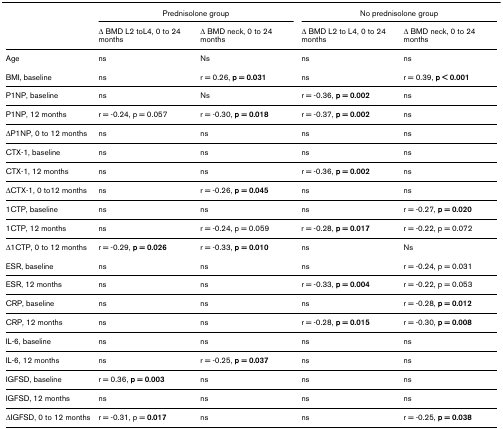
<table><thead><tr><td></td><td colspan="2"><b>Prednisolone group</b></td><td colspan="2"><b>No prednisolone group</b></td></tr><tr><td></td><td><b>Δ BMD L2 toL4, 0 to 24 months</b></td><td><b>Δ BMD neck, 0 to 24 months</b></td><td><b>Δ BMD L2 to L4, 0 to 24 months</b></td><td><b>Δ BMD neck, 0 to 24 months</b></td></tr></thead><tbody><tr><td>Age</td><td>ns</td><td>Ns</td><td>ns</td><td>ns</td></tr><tr><td>BMI, baseline</td><td>ns</td><td>r = 0.26, <b>p = 0.031</b></td><td>ns</td><td>r = 0.39, <b>p &lt; 0.001</b></td></tr><tr><td>P1NP, baseline</td><td>ns</td><td>Ns</td><td>r = -0.36, <b>p = 0.002</b></td><td>ns</td></tr><tr><td>P1NP, 12 months</td><td>r = -0.24, p = 0.057</td><td>r = -0.30, <b>p = 0.018</b></td><td>r = -0.37, <b>p = 0.002</b></td><td>ns</td></tr><tr><td>ΔP1NP, 0 to 12 months</td><td>ns</td><td>ns</td><td>ns</td><td>ns</td></tr><tr><td>CTX-1, baseline</td><td>ns</td><td>ns</td><td>ns</td><td>ns</td></tr><tr><td>CTX-1, 12 months</td><td>ns</td><td>ns</td><td>r = -0.36, <b>p = 0.002</b></td><td>ns</td></tr><tr><td>ΔCTX-1, 0 to12 months</td><td>ns</td><td>r = -0.26, <b>p = 0.045</b></td><td>ns</td><td>ns</td></tr><tr><td>1CTP, baseline</td><td>ns</td><td>ns</td><td>ns</td><td>r = -0.27, <b>p = 0.020</b></td></tr><tr><td>1CTP, 12 months</td><td>ns</td><td>r = -0.24, p = 0.059</td><td>r = -0.28, <b>p = 0.017</b></td><td>r = -0.22, p = 0.072</td></tr><tr><td>Δ1CTP, 0 to 12 months</td><td>r = -0.29, <b>p = 0.026</b></td><td>r = -0.33, <b>p = 0.010</b></td><td>ns</td><td>Ns</td></tr><tr><td>ESR, baseline</td><td>ns</td><td>ns</td><td>ns</td><td>r = -0.24, p = 0.031</td></tr><tr><td>ESR, 12 months</td><td>ns</td><td>ns</td><td>r = -0.33, <b>p = 0.004</b></td><td>r = -0.22, p = 0.053</td></tr><tr><td>CRP, baseline</td><td>ns</td><td>ns</td><td>ns</td><td>r = -0.28, <b>p = 0.012</b></td></tr><tr><td>CRP, 12 months</td><td>ns</td><td>ns</td><td>r = -0.28, <b>p = 0.015</b></td><td>r = -0.30, <b>p = 0.008</b></td></tr><tr><td>IL-6, baseline</td><td>ns</td><td>ns</td><td>ns</td><td>ns</td></tr><tr><td>IL-6, 12 months</td><td>ns</td><td>r = -0.25, <b>p = 0.037</b></td><td>ns</td><td>ns</td></tr><tr><td>IGFSD, baseline</td><td>r = 0.36, <b>p = 0.003</b></td><td>ns</td><td>ns</td><td>ns</td></tr><tr><td>IGFSD, 12 months</td><td>ns</td><td>ns</td><td>ns</td><td>ns</td></tr><tr><td>ΔIGFSD, 0 to 12 months</td><td>r = -0.31, p = <b>0.017</b></td><td>ns</td><td>ns</td><td>r = -0.25, <b>p = 0.038</b></td></tr></tbody></table>